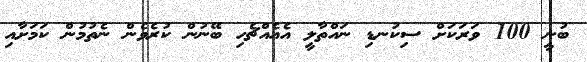
ބުނީ 100 ވަރަކަށް ސިކުނޑި ނައްތާލީ އެއެއްޗެހި ބޭނުން ކުރެވެން ނެތުމުން ކަމަށާއި